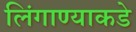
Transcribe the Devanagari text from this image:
लिंगाण्याकडे